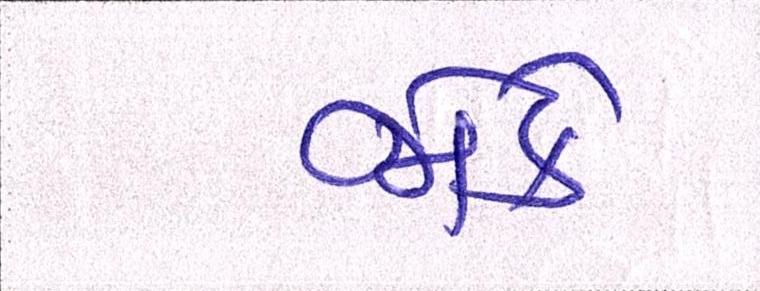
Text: જોકે